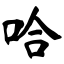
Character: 哈